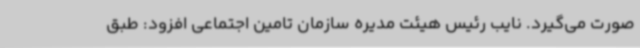
صورت می‌گیرد. نایب رئیس هیئت مدیره سازمان تامین اجتماعی افزود: طبق